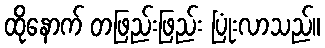
ထိုနောက် တဖြည်းဖြည်း ပြုံးလာသည်။